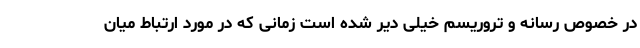
در خصوص رسانه و تروریسم خیلی دیر شده است زمانی که در مورد ارتباط میان